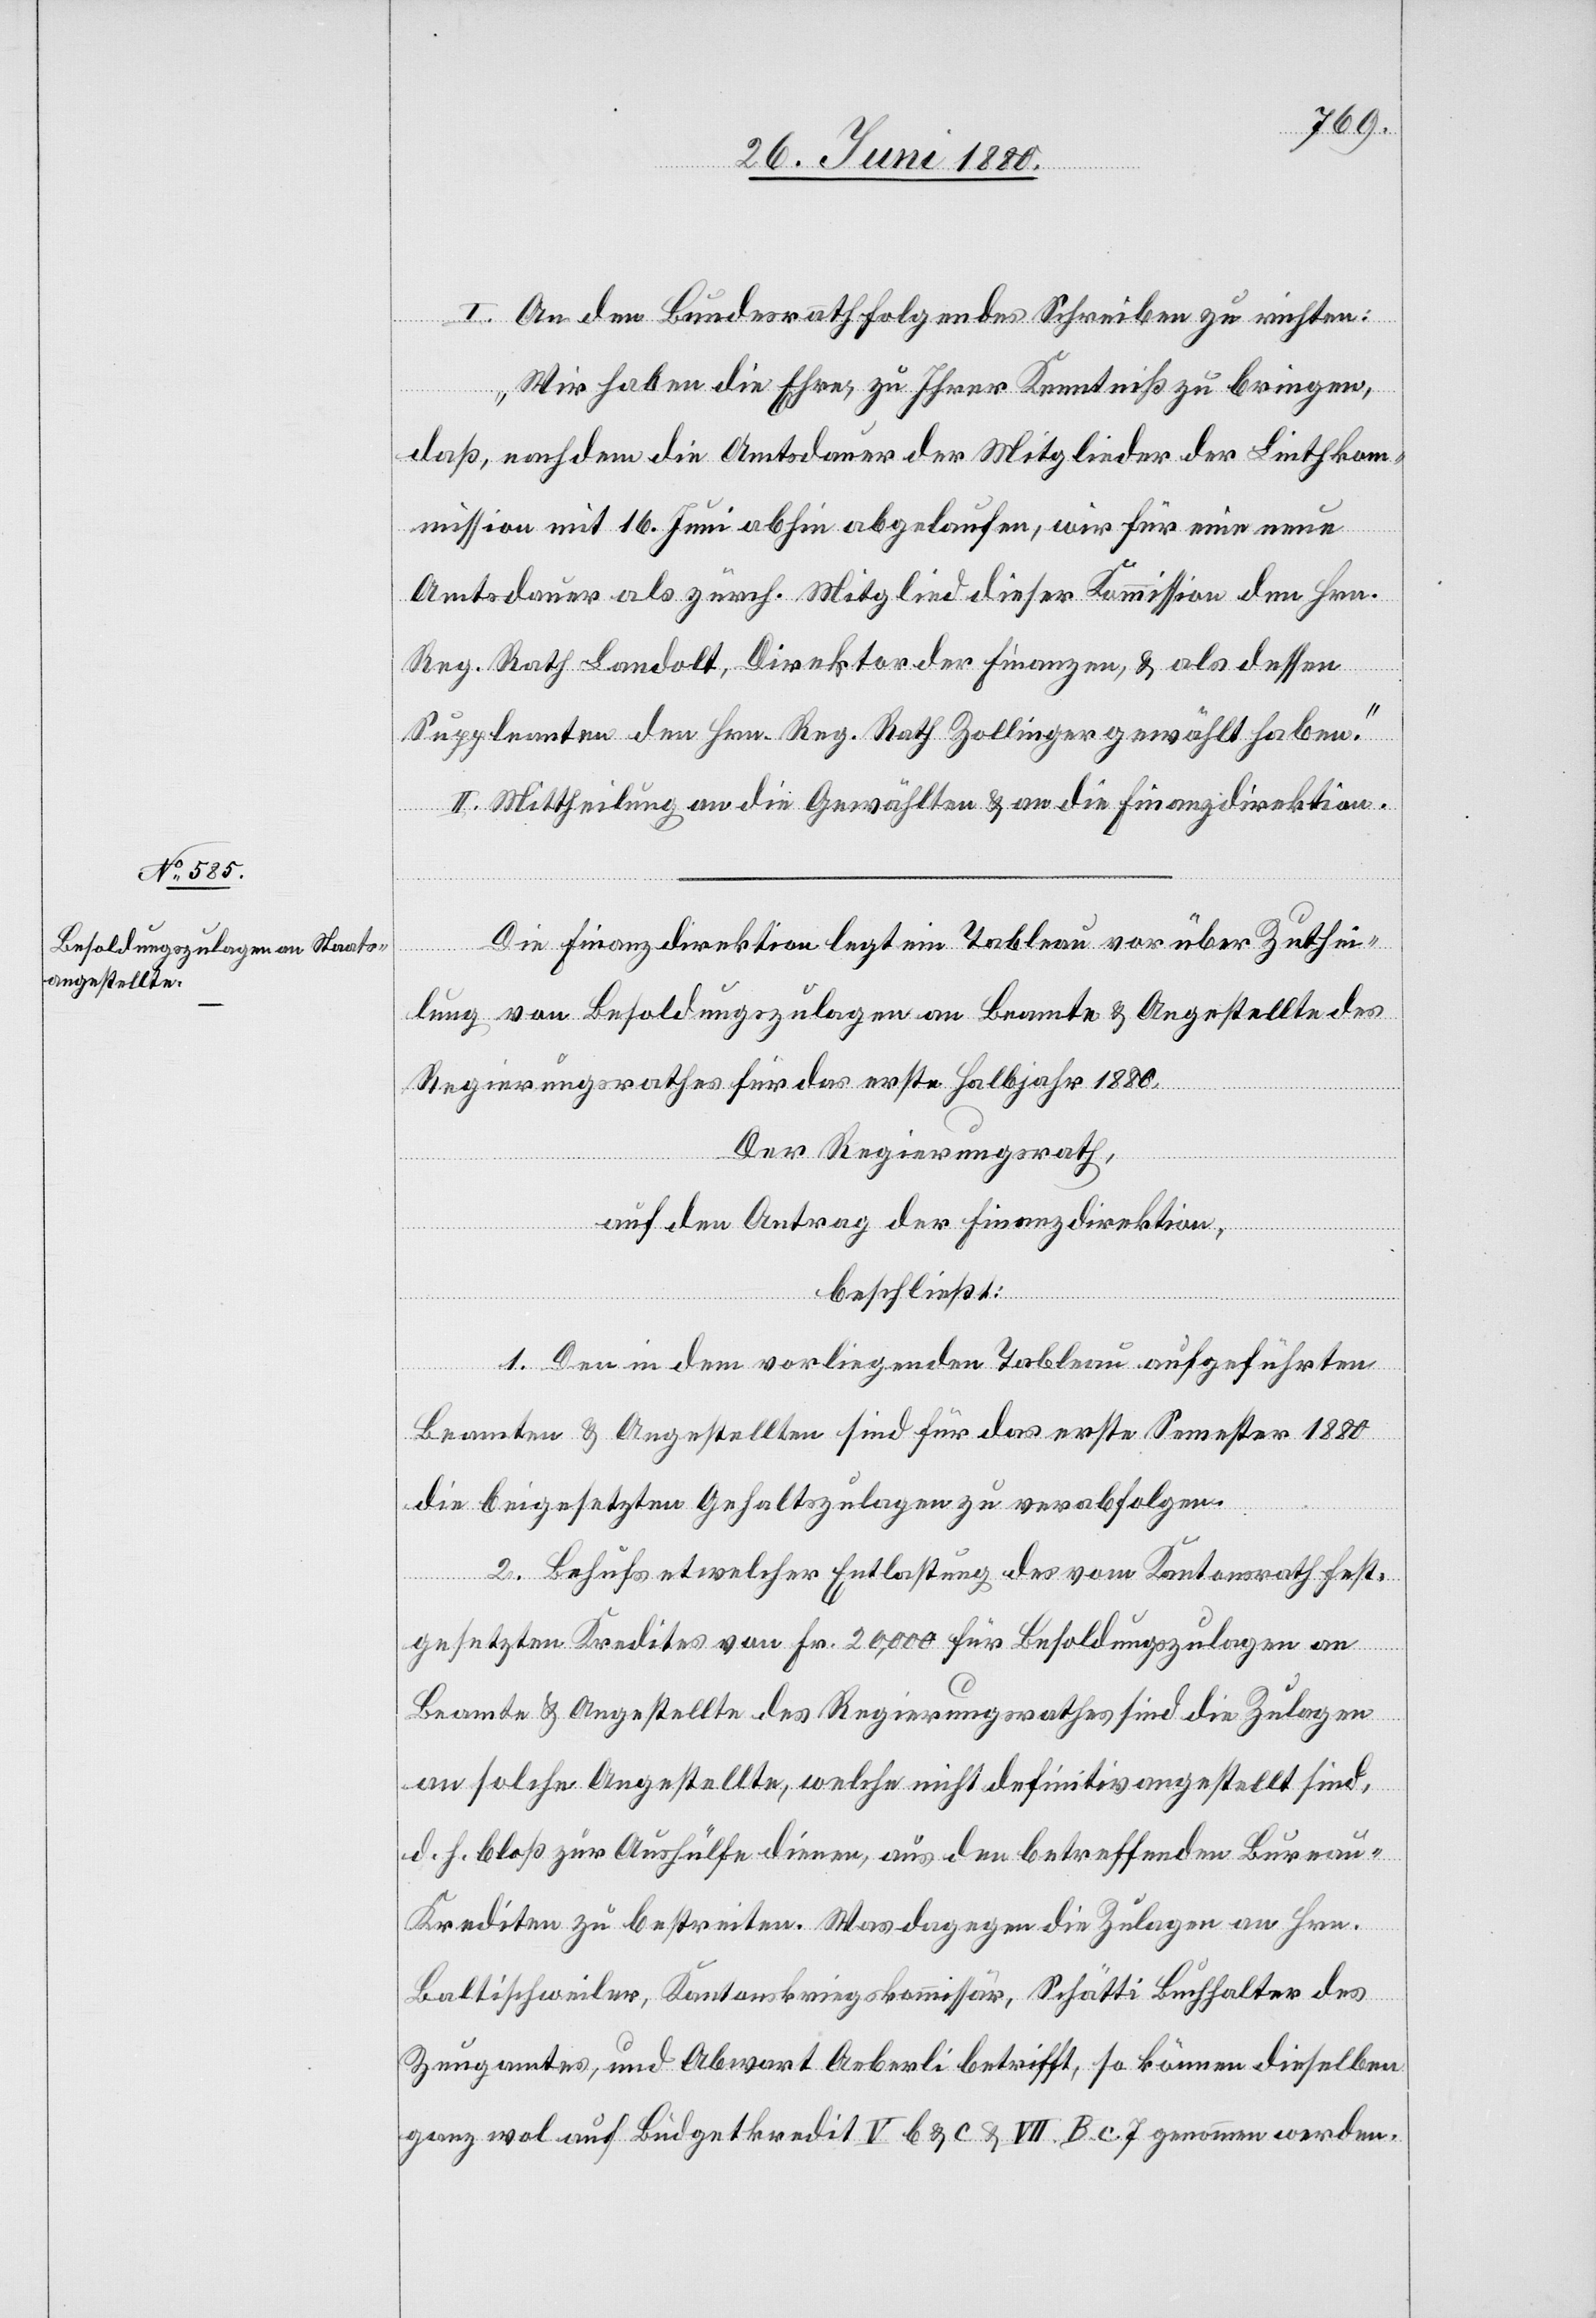
I. An den Bundesrath folgendes Schreiben zu richten:
„Wir haben die Ehre, zu Ihrer Kenntniß zu bringen,
daß, nachdem die Amtsdauer der Mitglieder der Linthko¬
mmission mit 16. Juni abhin abgelaufen, wir für eine neue
Amtsdauer als zürch. Mitglied dieser Kommission den Hrn.
Reg. Rath Landolt, Direktor der Finanzen, & als dessen
Suppleanten den Hrn. Reg. Rath Zollinger gewählt haben.“
II. Mittheilung an die Gewählten & an die Finanzdirektion.
Die Finanzdirektion legt ein Tableau vor über Zuthei¬
lung von Besoldungszulagen an Beamte & Angestellte des
Regierungsrathes für das erste Halbjahr 1880.
Der Regierungsrath,
auf den Antrag der Finanzdirektion,
beschließt:
1. Den in dem vorliegenden Tableau aufgeführten
Beamten & Angestellten sind für das erste Semester 1880
die beigesetzten Gehaltszulagen zu verabfolgen.
2. Behufs etwelcher Entlastung des vom Kantonsrath fest¬
gesetzten Kredites von Fr. 20,000 für Besoldungszulagen an
Beamte & Angestellte des Regierungsrathes sind die Zulagen
an solche Angestellte, welche nicht definitiv angestellt sind,
d. h. bloß zur Aushülfe dienen, aus den betreffenden Burea¬
u-Krediten zu bestreiten. Was dagegen die Zulagen an Hrn.
Baltischweiler, Kantonskriegskommissär, Schätti Buchhalter des
Zeugamtes, und Abwart Aeberli betrifft, so können dieselben
ganz wol auf Büdgetkredit V b & c & VII. B. c. 7 genommen werden.